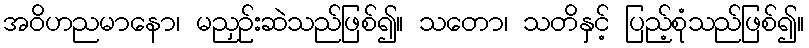
အဝိဟညမာနော၊ မညှဉ်းဆဲသည်ဖြစ်၍။ သတော၊ သတိနှင့် ပြည့်စုံသည်ဖြစ်၍။